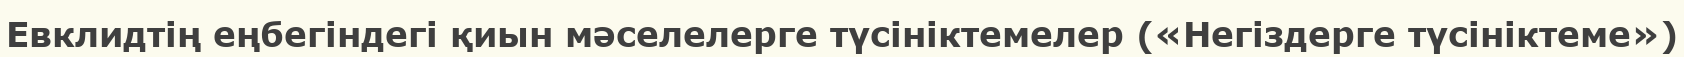
Евклидтің еңбегіндегі қиын мәселелерге түсініктемелер («Негіздерге түсініктеме»)